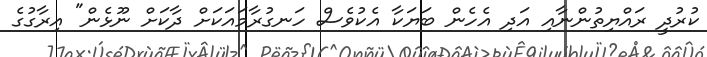
ކުރުދީ ރައްޔިތުންނާއި އަދި އެހެން ބަޔަކާ އެކުވެސް ހަނގުރާމައަކަށް ދާކަށް ނޫޅެން" އިރާގުގެ